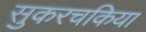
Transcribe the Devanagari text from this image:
सुकरचकिया